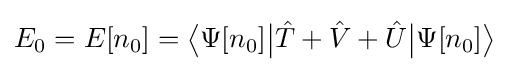
E_{0}=E[n_{0}]={\big \langle }\Psi [n_{0}]{\big |}{\hat {T}}+{\hat {V}}+{\hat {U}}{\big |}\Psi [n_{0}]{\big \rangle }